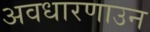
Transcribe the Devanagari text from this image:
अवधारणाउन